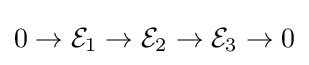
0\to {\mathcal {E}}_{1}\to {\mathcal {E}}_{2}\to {\mathcal {E}}_{3}\to 0